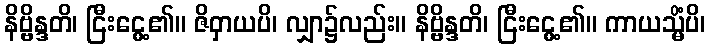
နိဗ္ဗိန္ဒတိ၊ ငြီးငွေ့၏။ ဇိဝှာယပိ၊ လျှာ၌လည်း။ နိဗ္ဗိန္ဒတိ၊ ငြီးငွေ့၏။ ကာယသ္မိံပိ၊